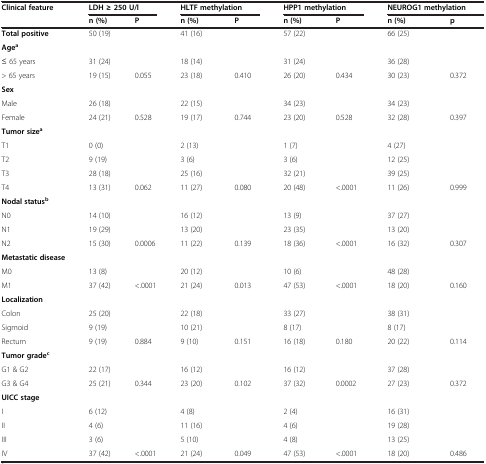
<table><thead><tr><td><b>Clinical feature</b></td><td colspan="2"><b>LDH ≥ 250 U/l</b></td><td colspan="2"><b>HLTF methylation</b></td><td colspan="2"><b>HPP1 methylation</b></td><td colspan="2"><b>NEUROG1 methylation</b></td></tr><tr><td>[EMPTY_CELL]</td><td><b>n (%)</b></td><td><b>P</b></td><td><b>n (%)</b></td><td><b>P</b></td><td><b>n (%)</b></td><td><b>P</b></td><td><b>n (%)</b></td><td><b>p</b></td></tr></thead><tbody><tr><td><b>Total positive</b></td><td>50 (19)</td><td>[EMPTY_CELL]</td><td>41 (16)</td><td>[EMPTY_CELL]</td><td>57 (22)</td><td>[EMPTY_CELL]</td><td>66 (25)</td><td>[EMPTY_CELL]</td></tr><tr><td><b>Age</b><sup><b>a</b></sup></td><td>[EMPTY_CELL]</td><td>[EMPTY_CELL]</td><td>[EMPTY_CELL]</td><td>[EMPTY_CELL]</td><td>[EMPTY_CELL]</td><td>[EMPTY_CELL]</td><td>[EMPTY_CELL]</td><td>[EMPTY_CELL]</td></tr><tr><td>≤ 65 years</td><td>31 (24)</td><td>[EMPTY_CELL]</td><td>18 (14)</td><td>[EMPTY_CELL]</td><td>31 (24)</td><td>[EMPTY_CELL]</td><td>36 (28)</td><td>[EMPTY_CELL]</td></tr><tr><td>&gt; 65 years</td><td>19 (15)</td><td>0.055</td><td>23 (18)</td><td>0.410</td><td>26 (20)</td><td>0.434</td><td>30 (23)</td><td>0.372</td></tr><tr><td><b>Sex</b></td><td>[EMPTY_CELL]</td><td>[EMPTY_CELL]</td><td>[EMPTY_CELL]</td><td>[EMPTY_CELL]</td><td>[EMPTY_CELL]</td><td>[EMPTY_CELL]</td><td>[EMPTY_CELL]</td><td>[EMPTY_CELL]</td></tr><tr><td>Male</td><td>26 (18)</td><td>[EMPTY_CELL]</td><td>22 (15)</td><td>[EMPTY_CELL]</td><td>34 (23)</td><td>[EMPTY_CELL]</td><td>34 (23)</td><td>[EMPTY_CELL]</td></tr><tr><td>Female</td><td>24 (21)</td><td>0.528</td><td>19 (17)</td><td>0.744</td><td>23 (20)</td><td>0.528</td><td>32 (28)</td><td>0.397</td></tr><tr><td><b>Tumor size</b><sup><b>a</b></sup></td><td>[EMPTY_CELL]</td><td>[EMPTY_CELL]</td><td>[EMPTY_CELL]</td><td>[EMPTY_CELL]</td><td>[EMPTY_CELL]</td><td>[EMPTY_CELL]</td><td>[EMPTY_CELL]</td><td>[EMPTY_CELL]</td></tr><tr><td>T1</td><td>0 (0)</td><td>[EMPTY_CELL]</td><td>2 (13)</td><td>[EMPTY_CELL]</td><td>1 (7)</td><td>[EMPTY_CELL]</td><td>4 (27)</td><td>[EMPTY_CELL]</td></tr><tr><td>T2</td><td>9 (19)</td><td>[EMPTY_CELL]</td><td>3 (6)</td><td>[EMPTY_CELL]</td><td>3 (6)</td><td>[EMPTY_CELL]</td><td>12 (25)</td><td>[EMPTY_CELL]</td></tr><tr><td>T3</td><td>28 (18)</td><td>[EMPTY_CELL]</td><td>25 (16)</td><td>[EMPTY_CELL]</td><td>32 (21)</td><td>[EMPTY_CELL]</td><td>39 (25)</td><td>[EMPTY_CELL]</td></tr><tr><td>T4</td><td>13 (31)</td><td>0.062</td><td>11 (27)</td><td>0.080</td><td>20 (48)</td><td>&lt;.0001</td><td>11 (26)</td><td>0.999</td></tr><tr><td><b>Nodal status</b><sup><b>b</b></sup></td><td>[EMPTY_CELL]</td><td>[EMPTY_CELL]</td><td>[EMPTY_CELL]</td><td>[EMPTY_CELL]</td><td>[EMPTY_CELL]</td><td>[EMPTY_CELL]</td><td>[EMPTY_CELL]</td><td>[EMPTY_CELL]</td></tr><tr><td>N0</td><td>14 (10)</td><td>[EMPTY_CELL]</td><td>16 (12)</td><td>[EMPTY_CELL]</td><td>13 (9)</td><td>[EMPTY_CELL]</td><td>37 (27)</td><td>[EMPTY_CELL]</td></tr><tr><td>N1</td><td>19 (29)</td><td>[EMPTY_CELL]</td><td>13 (20)</td><td>[EMPTY_CELL]</td><td>23 (35)</td><td>[EMPTY_CELL]</td><td>13 (20)</td><td>[EMPTY_CELL]</td></tr><tr><td>N2</td><td>15 (30)</td><td>0.0006</td><td>11 (22)</td><td>0.139</td><td>18 (36)</td><td>&lt;.0001</td><td>16 (32)</td><td>0.307</td></tr><tr><td><b>Metastatic disease</b></td><td>[EMPTY_CELL]</td><td>[EMPTY_CELL]</td><td>[EMPTY_CELL]</td><td>[EMPTY_CELL]</td><td>[EMPTY_CELL]</td><td>[EMPTY_CELL]</td><td>[EMPTY_CELL]</td><td>[EMPTY_CELL]</td></tr><tr><td>M0</td><td>13 (8)</td><td>[EMPTY_CELL]</td><td>20 (12)</td><td>[EMPTY_CELL]</td><td>10 (6)</td><td>[EMPTY_CELL]</td><td>48 (28)</td><td>[EMPTY_CELL]</td></tr><tr><td>M1</td><td>37 (42)</td><td>&lt;.0001</td><td>21 (24)</td><td>0.013</td><td>47 (53)</td><td>&lt;.0001</td><td>18 (20)</td><td>0.160</td></tr><tr><td><b>Localization</b></td><td>[EMPTY_CELL]</td><td>[EMPTY_CELL]</td><td>[EMPTY_CELL]</td><td>[EMPTY_CELL]</td><td>[EMPTY_CELL]</td><td>[EMPTY_CELL]</td><td>[EMPTY_CELL]</td><td>[EMPTY_CELL]</td></tr><tr><td>Colon</td><td>25 (20)</td><td>[EMPTY_CELL]</td><td>22 (18)</td><td>[EMPTY_CELL]</td><td>33 (27)</td><td>[EMPTY_CELL]</td><td>38 (31)</td><td>[EMPTY_CELL]</td></tr><tr><td>Sigmoid</td><td>9 (19)</td><td>[EMPTY_CELL]</td><td>10 (21)</td><td>[EMPTY_CELL]</td><td>8 (17)</td><td>[EMPTY_CELL]</td><td>8 (17)</td><td>[EMPTY_CELL]</td></tr><tr><td>Rectum</td><td>9 (19)</td><td>0.884</td><td>9 (10)</td><td>0.151</td><td>16 (18)</td><td>0.180</td><td>20 (22)</td><td>0.114</td></tr><tr><td><b>Tumor grade</b><sup><b>c</b></sup></td><td>[EMPTY_CELL]</td><td>[EMPTY_CELL]</td><td>[EMPTY_CELL]</td><td>[EMPTY_CELL]</td><td>[EMPTY_CELL]</td><td>[EMPTY_CELL]</td><td>[EMPTY_CELL]</td><td>[EMPTY_CELL]</td></tr><tr><td>G1 &amp; G2</td><td>22 (17)</td><td>[EMPTY_CELL]</td><td>16 (12)</td><td>[EMPTY_CELL]</td><td>16 (12)</td><td>[EMPTY_CELL]</td><td>37 (28)</td><td>[EMPTY_CELL]</td></tr><tr><td>G3 &amp; G4</td><td>25 (21)</td><td>0.344</td><td>23 (20)</td><td>0.102</td><td>37 (32)</td><td>0.0002</td><td>27 (23)</td><td>0.372</td></tr><tr><td><b>UICC stage</b></td><td>[EMPTY_CELL]</td><td>[EMPTY_CELL]</td><td>[EMPTY_CELL]</td><td>[EMPTY_CELL]</td><td>[EMPTY_CELL]</td><td>[EMPTY_CELL]</td><td>[EMPTY_CELL]</td><td>[EMPTY_CELL]</td></tr><tr><td>I</td><td>6 (12)</td><td>[EMPTY_CELL]</td><td>4 (8)</td><td>[EMPTY_CELL]</td><td>2 (4)</td><td>[EMPTY_CELL]</td><td>16 (31)</td><td>[EMPTY_CELL]</td></tr><tr><td>II</td><td>4 (6)</td><td>[EMPTY_CELL]</td><td>11 (16)</td><td>[EMPTY_CELL]</td><td>4 (6)</td><td>[EMPTY_CELL]</td><td>19 (28)</td><td>[EMPTY_CELL]</td></tr><tr><td>III</td><td>3 (6)</td><td>[EMPTY_CELL]</td><td>5 (10)</td><td>[EMPTY_CELL]</td><td>4 (8)</td><td>[EMPTY_CELL]</td><td>13 (25)</td><td>[EMPTY_CELL]</td></tr><tr><td>IV</td><td>37 (42)</td><td>&lt;.0001</td><td>21 (24)</td><td>0.049</td><td>47 (53)</td><td>&lt;.0001</td><td>18 (20)</td><td>0.486</td></tr></tbody></table>